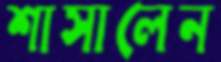
শাসালেন